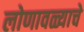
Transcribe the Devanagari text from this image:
लोणावळ्याचे